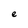
Character: e